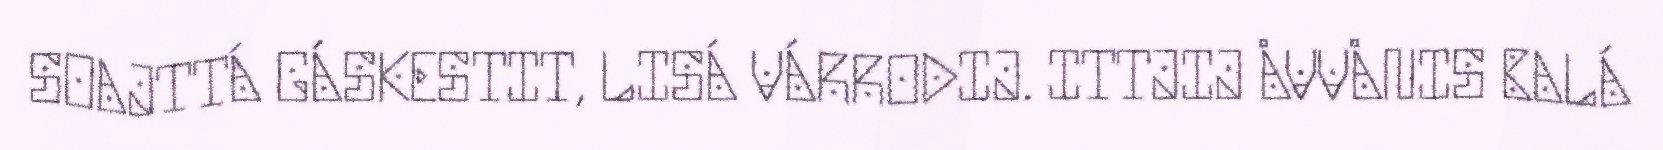
SOAJTTÁ GÁSKESTIT, LISÁ VÁRRODIJ. ITTJIJ ÅVVÅNIS BALÁ